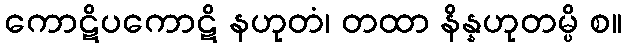
ကောဋိပကောဋိ နဟုတံ၊ တထာ နိန္နဟုတမ္ပိ စ။